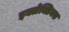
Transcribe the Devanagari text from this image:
इक्लेक्टिक्स